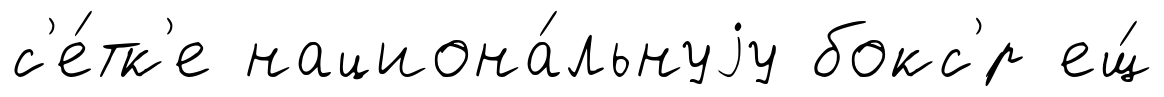
с'е́тк'е национа́льнуjу бокс'́р ещ́